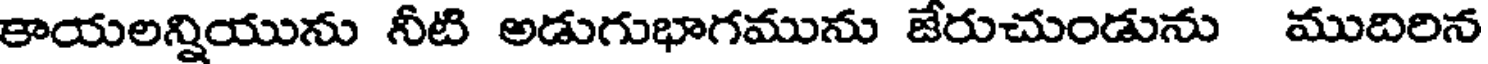
కాయలన్నియును నీటి అడుగుభాగమును జేరుచుండును ముదిరిన